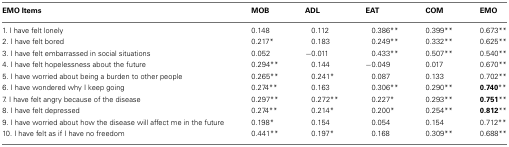
<table><thead><tr><td><b>EMO Items</b></td><td><b>MOB</b></td><td><b>ADL</b></td><td><b>EAT</b></td><td><b>COM</b></td><td><b>EMO</b></td></tr></thead><tbody><tr><td>1. I have felt lonely</td><td>0.148</td><td>0.112</td><td>0.386**</td><td>0.399**</td><td>0.673**</td></tr><tr><td>2. I have felt bored</td><td>0.217*</td><td>0.183</td><td>0.249**</td><td>0.332**</td><td>0.625**</td></tr><tr><td>3. I have felt embarrassed in social situations</td><td>0.052</td><td>−0.011</td><td>0.433**</td><td>0.507**</td><td>0.540**</td></tr><tr><td>4. I have felt hopelessness about the future</td><td>0.294**</td><td>0.144</td><td>−0.049</td><td>0.017</td><td>0.670**</td></tr><tr><td>5. I have worried about being a burden to other people</td><td>0.265**</td><td>0.241*</td><td>0.087</td><td>0.133</td><td>0.702**</td></tr><tr><td>6. I have wondered why I keep going</td><td>0.274**</td><td>0.163</td><td>0.306**</td><td>0.290**</td><td><b>0.740</b>**</td></tr><tr><td>7. I have felt angry because of the disease</td><td>0.297**</td><td>0.272**</td><td>0.227*</td><td>0.293**</td><td><b>0.751</b>**</td></tr><tr><td>8. I have felt depressed</td><td>0.274**</td><td>0.214*</td><td>0.200*</td><td>0.254**</td><td><b>0.812</b>**</td></tr><tr><td>9. I have worried about how the disease will affect me in the future</td><td>0.198*</td><td>0.154</td><td>0.054</td><td>0.154</td><td>0.712**</td></tr><tr><td>10. I have felt as if I have no freedom</td><td>0.441**</td><td>0.197*</td><td>0.168</td><td>0.309**</td><td>0.688**</td></tr></tbody></table>